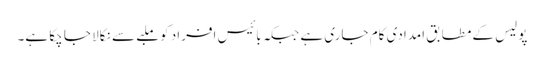
پولیس کے مطابق امدادی کام جاری ہے جبکہ بائیس افراد کو ملبے سے نکالا جا چکا ہے۔